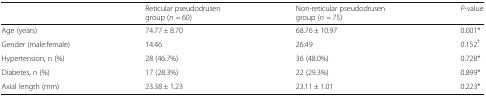
|  | Reticular pseudodrusen group (n = 60) | Non-reticular pseudodrusen group (n = 75) | P-value |
 | --- | --- | --- | --- |
 | Age (years) | 74.77 ± 8.70 | 68.76 ± 10.97 | 0.001* |
 | Gender (male:female) | 14:46 | 26:49 | 0.152† |
 | Hypertension, n (%) | 28 (46.7%) | 36 (48.0%) | 0.728* |
 | Diabetes, n (%) | 17 (28.3%) | 22 (29.3%) | 0.899* |
 | Axial length (mm) | 23.38 ± 1.23 | 23.11 ± 1.01 | 0.223* |